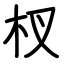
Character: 杈